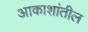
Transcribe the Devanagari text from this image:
आकाशांतील